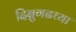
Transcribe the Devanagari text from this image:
दिब्रुगढच्या